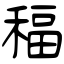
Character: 稫